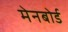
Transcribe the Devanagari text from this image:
मेनबोर्ड